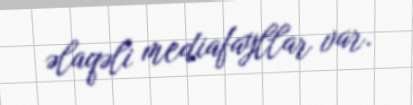
əlaqəli mediafayllar var.